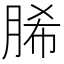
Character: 脪